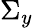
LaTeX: \Sigma_{y}